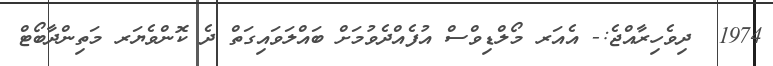
1974  ދިވެހިރާއްޖެ:- އެއަރ މޯލްޑިވްސް އުފެއްދެވުމަށް ބައްލަވައިގަތް ދެ ކޮންވެޔަރ މަތިންދާބޯޓް